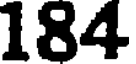
184